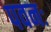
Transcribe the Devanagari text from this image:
पवनः